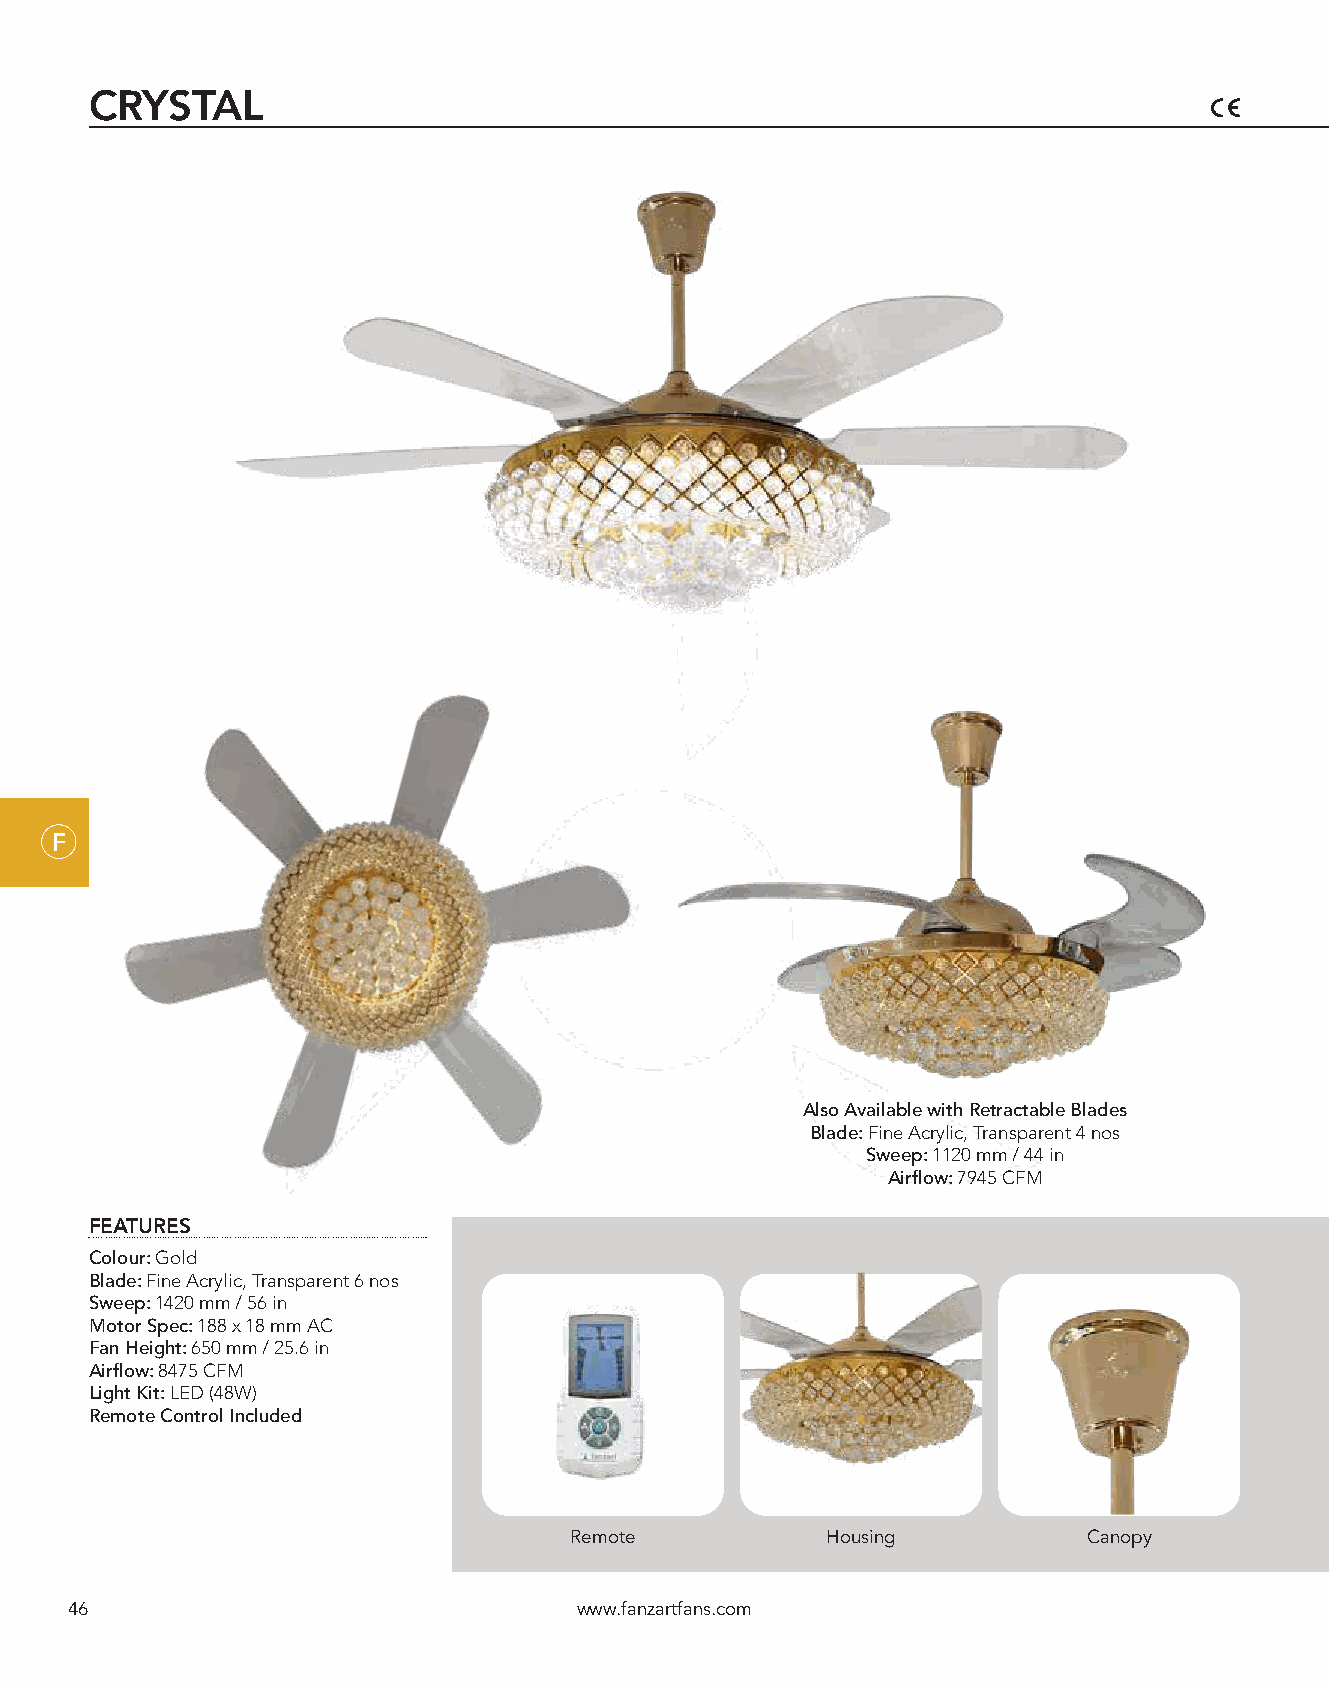
CRYSTAL
 F
 Also Available with Retractable Blades
 Blade: Fine Acrylic, Transparent 4 nos
 Sweep: 1120 mm / 44 in
 Airflow: 7945 CFM
 FEATURES
 Colour: Gold
 Blade: Fine Acrylic, Transparent 6 nos
 Sweep: 1420 mm / 56 in
 Motor Spec: 188 x 18 mm AC
 Fan Height: 650 mm / 25.6 in
 Airflow: 8475 CFM
 Light Kit: LED (48W)
 Remote Control Included
 Remote           Housing          Canopy
 46                                www.fanzartfans.com